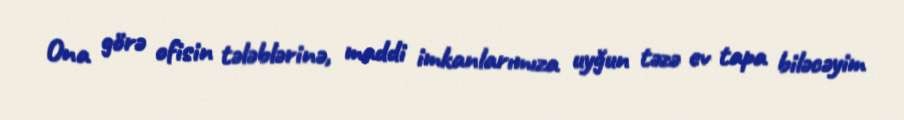
Ona görə ofisin tələblərinə, maddi imkanlarımıza uyğun təzə ev tapa biləcəyim